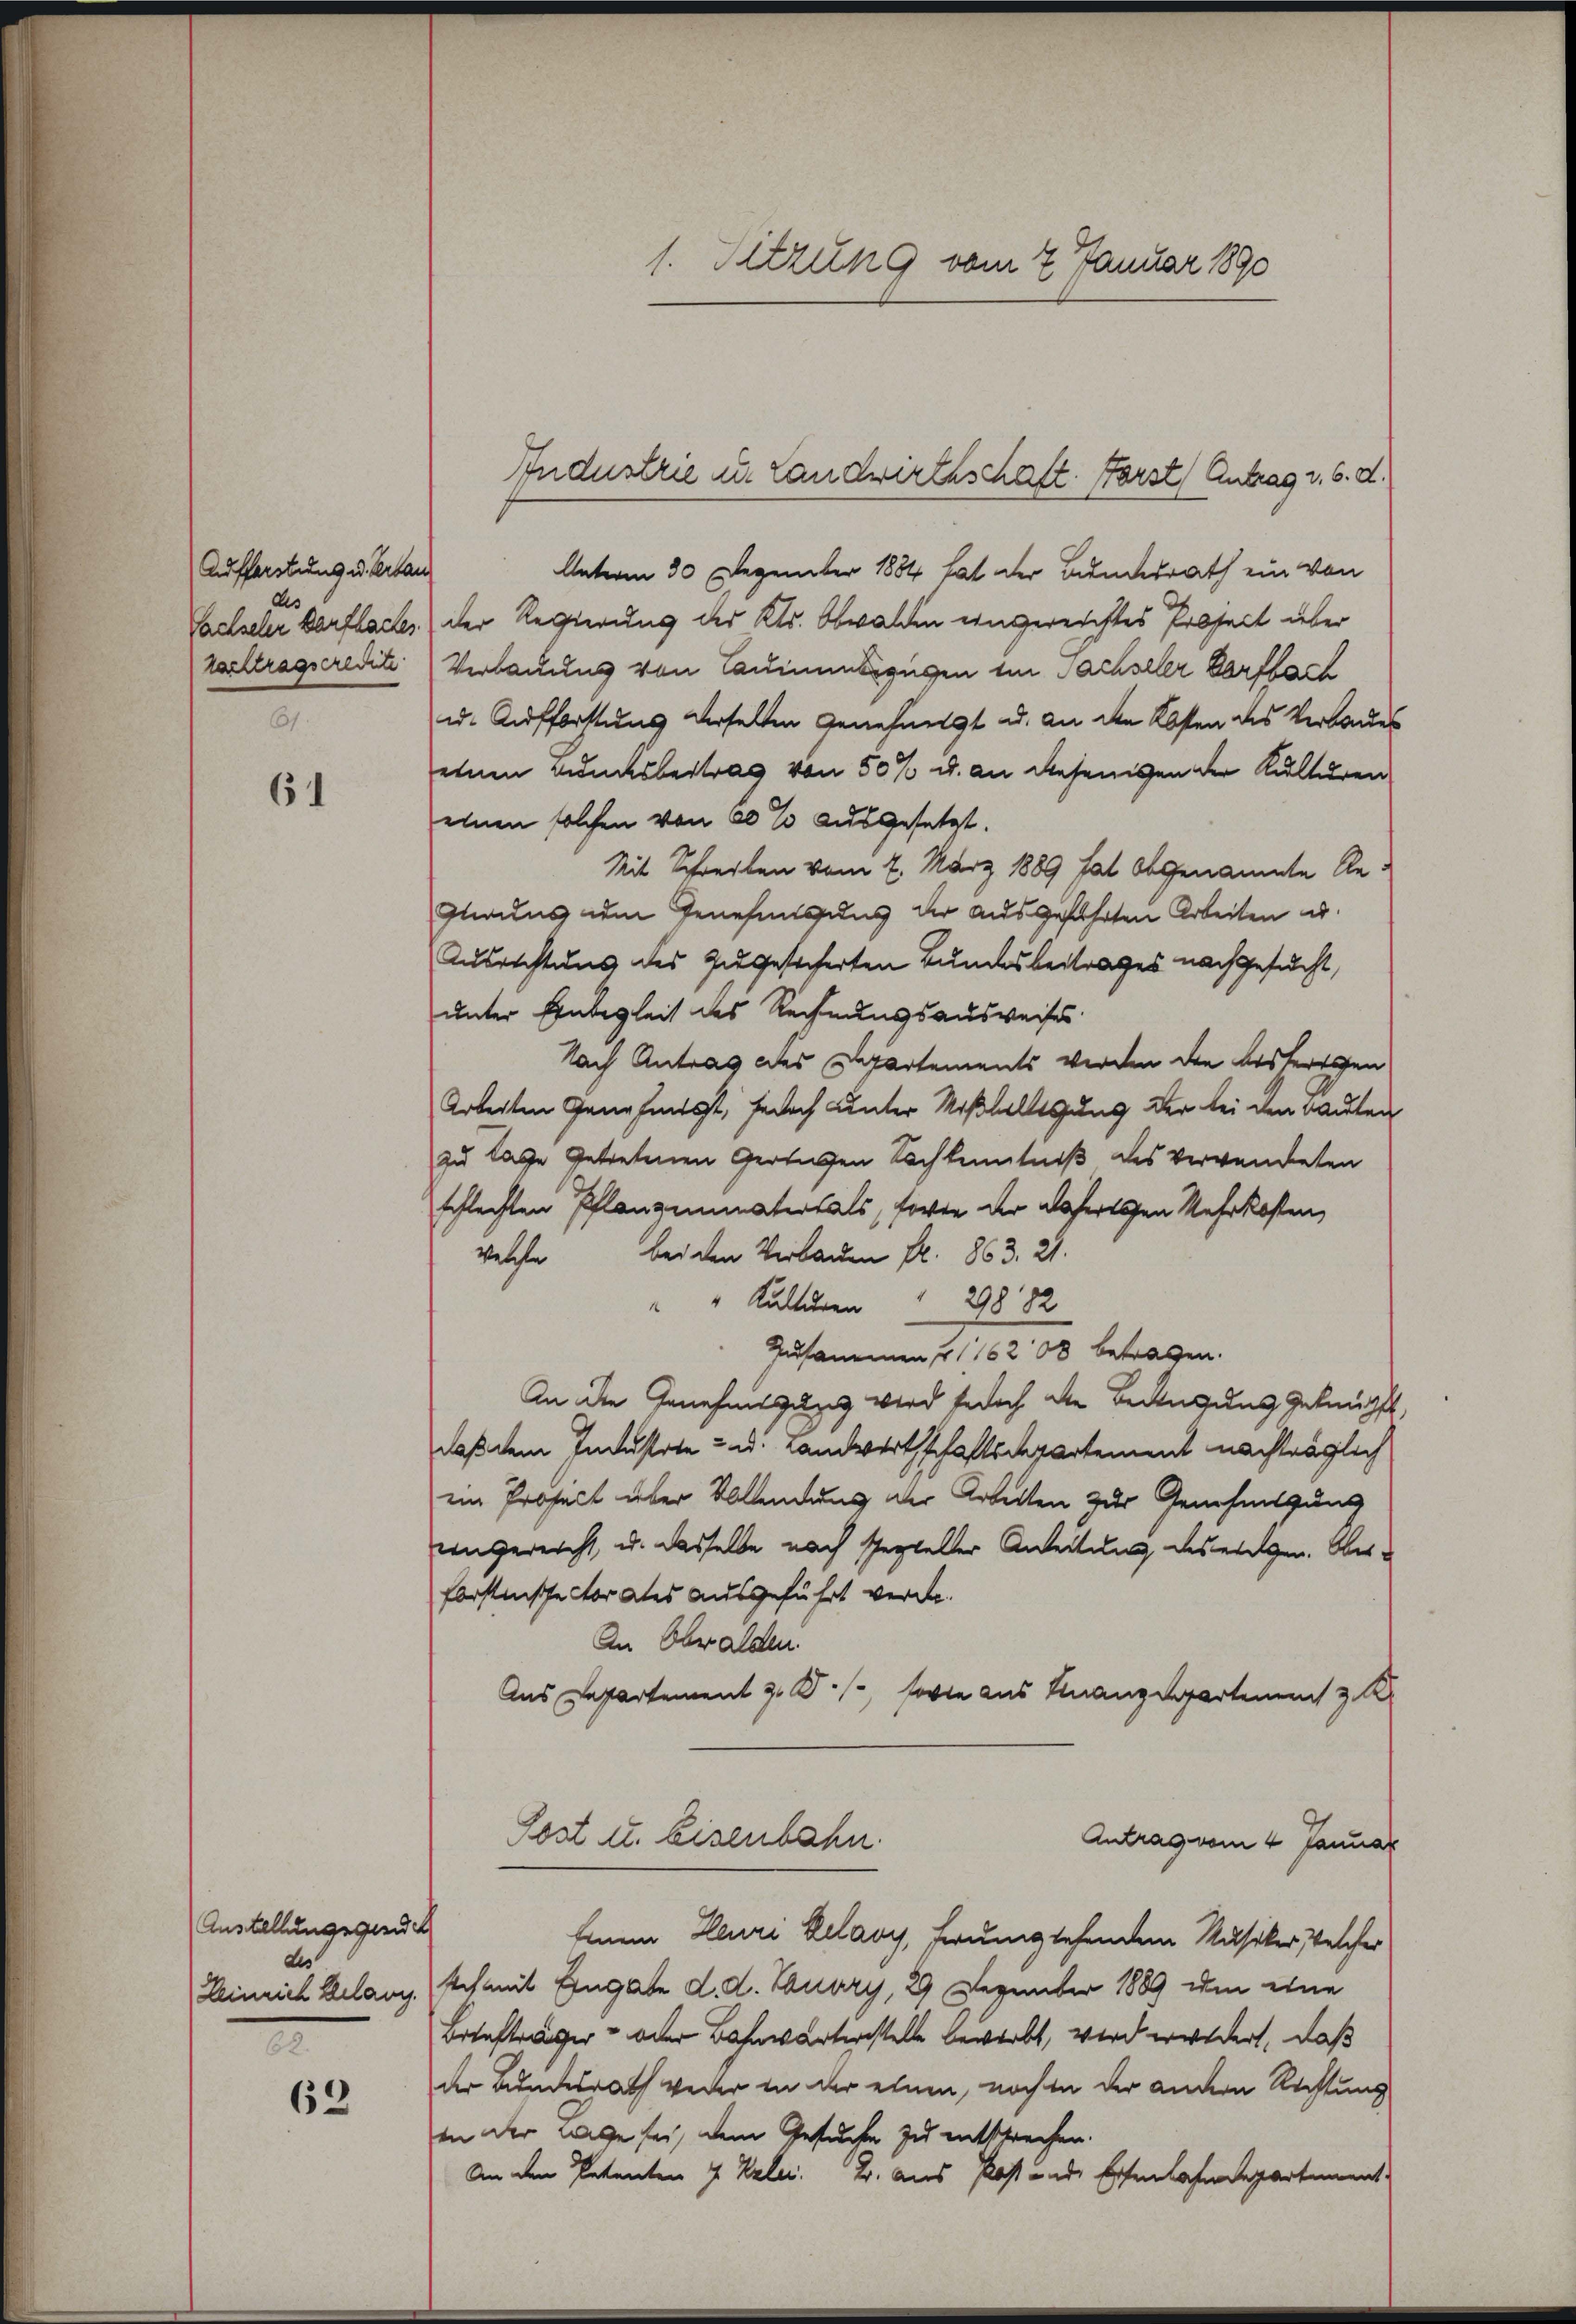
Aufforstung u. Verlan
61.

61

Austellungsgedeh
des
Heinrich Belang.
.

62

1. Sitzung vom 7. Januar 1890

Unterm 30 Dezember 1884 hat der Bundesrath ein von
Sachsel eine Verflach, der Regierung des Kts. Obwalden eingereichtes Erbseit über
tachtragseredite Verbauung von Cauinszügen im Sachseler Verfloch
ud. Aufforstung derselten Genehmigt u. an den Kosten des Verbaues
einen Amtsbeitrag von 50% u. an diejenigen der Kulturen
einen solchen von 60 % ausgesetzt.
Mit Schreiben vom 2. März 1889 hat abgenannte Re¬
Glung um Genehmigung der ausgeführten Arbeiten u.
Ausrichtung des zugesicherten Bundesbeitrages nachgesucht,
unter Einbegleit des Rechnungsausweises
Nach Antrag des Departements werden die Ausfertigen
Arbeiten Genehmigt, jedoch unter Mißhelligung der bei den Bauten
zu lage getretenen Gertigen Sachkenntniß des verwendeten
schlechten Pflanzenmatersals, forte der defertigen Mehrkosten,
welche bei den Verbauen fr. 863. 21.
" Kulturen
Zusammen 1 1/2 500 betragen.
An die Genehmigung wird jedoch die Bewegung geknüpft,
daß dem Industrte - u. Landwirthschaftsdepartement nachträglich
ein Prosect über Vollendung der Arbeiten zur Genehmigung
ungereicht, u. dasselbe nach spezielter Anteilung des eigen. Ober¬
Forstnisse corates ausgeführt werde.
An Obwalden.
Aus Departement z. B. forte aus Finanzdepartement z. B.
Post u. Eisenbahn.
Antrag vom 4. Januar
Einem Heuri Relary, ferunglehendem Musiker Welcher
stch mit Eingabe d. d. Touvry, 2 Dezember 1889 um eine
Brtefträger- oder Bahnwärterstelle bewirbt, wird erwidert, daß
der Bundesrath weder in der einen, noch in der andern Rechtung
in der Lage sei, dem Gesuche zu entsprechen.
An den Petenten 4 Kaler. T. aus Post inde Eisenbahndepartement

Industrie in Landwirthschaft. Forst Antrag v. 6. d.